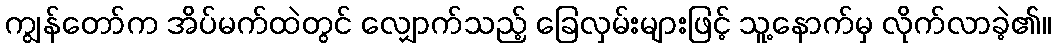
ကျွန်တော်က အိပ်မက်ထဲတွင် လျှောက်သည့် ခြေလှမ်းများဖြင့် သူ့နောက်မှ လိုက်လာခဲ့၏။